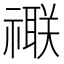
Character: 𥜁